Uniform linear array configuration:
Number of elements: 16
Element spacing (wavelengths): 0.75
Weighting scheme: blackman
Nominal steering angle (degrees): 45
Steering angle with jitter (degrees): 44.666
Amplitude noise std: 0.05
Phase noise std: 0.05

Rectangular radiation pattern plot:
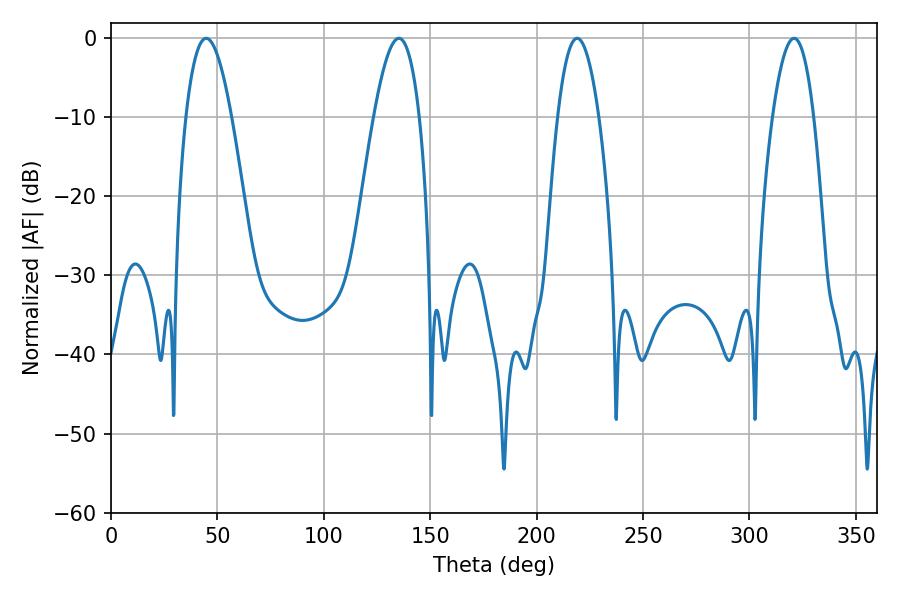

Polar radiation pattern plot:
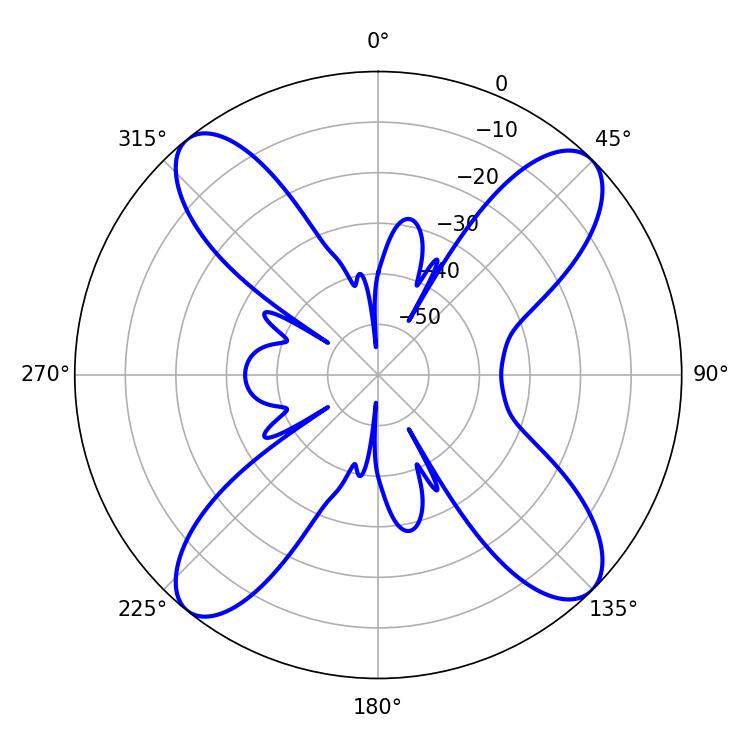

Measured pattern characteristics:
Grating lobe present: TRUE
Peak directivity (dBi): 15.124
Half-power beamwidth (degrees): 10.62
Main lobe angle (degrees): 219.06